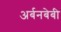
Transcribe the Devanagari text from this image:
अर्बनबेबी